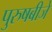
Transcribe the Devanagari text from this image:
पुरुषबीजे